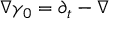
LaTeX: \nabla \gamma _ { 0 } = \partial _ { t } - \nabla